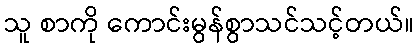
သူ စာကို ကောင်းမွန်စွာသင်သင့်တယ်။